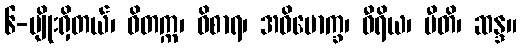
၆-မျိုးရှိတယ်၊ ဝိတက္က၊ ဝိစာရ၊ အဓိမောက္ခ၊ ဝီရိယ၊ ပီတိ၊ ဆန္ဒ။